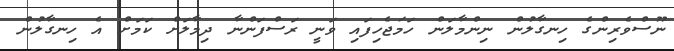
ނޫސްވެރިންގެ ހިނގާލުން ނިންމާލަން ހަމަޖެހިފައި ވަނީ ރަސްފަންނާ ދިމާލަށް ކަމަށް އެ ހިނގާލުން